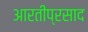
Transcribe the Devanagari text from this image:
आरतीप्रसाद